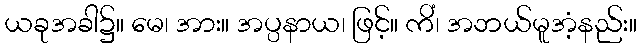
ယခုအခါ၌။ မေ၊ အား။ အပ္ပနာယ၊ ဖြင့်။ ကိံ၊ အဘယ်မူအံ့နည်း။